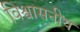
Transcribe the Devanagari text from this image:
विश्वासनीय